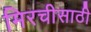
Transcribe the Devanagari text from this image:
मिरचीसाठी